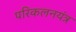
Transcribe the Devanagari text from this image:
परिकलनयंत्र